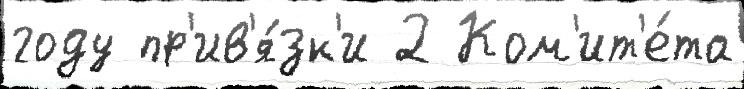
году пр'ив'я́зк'и 2 Ком'ит'е́та